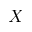
X